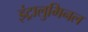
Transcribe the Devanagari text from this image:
इंट्रालुमिनल